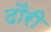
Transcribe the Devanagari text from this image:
दौंरी